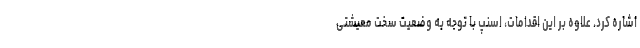
اشاره کرد. علاوه بر این اقدامات، اسنپ با توجه به وضعیت سخت معیشتی